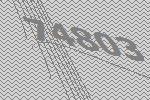
74803